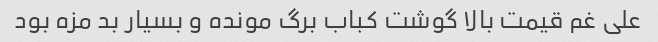
علی غم قیمت بالا گوشت کباب برگ مونده و بسیار بد مزه بود